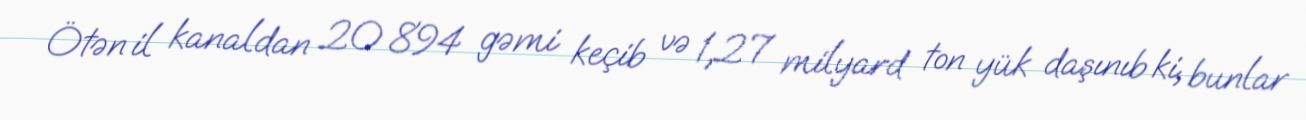
Ötən il kanaldan 20 894 gəmi keçib və 1,27 milyard ton yük daşınıb ki, bunlar